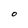
Character: O